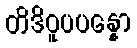
တိဒိဝူပပန္နော